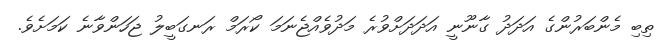
ތިބި މެންބަރުންގެ އަދަދު ގާނޫނީ އަދަދަށްވުރެ މަދުވެއްޖެނަމަ ކޯރަމް ރަނގަބީލު ޖަހަންވާނެ ކަމަށެވެ.